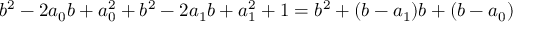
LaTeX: b ^ { 2 } - 2 a _ { 0 } b + a _ { 0 } ^ { 2 } + b ^ { 2 } - 2 a _ { 1 } b + a _ { 1 } ^ { 2 } + 1 = b ^ { 2 } + ( b - a _ { 1 } ) b + ( b - a _ { 0 } )